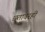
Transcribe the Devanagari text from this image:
छतावरही